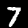
Digit: 7